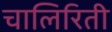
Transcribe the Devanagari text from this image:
चालिरिती